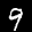
Label: 9